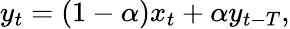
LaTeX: y_{t}=(1-\alpha)x_{t}+\alpha y_{t-T},